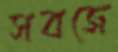
সবজে